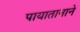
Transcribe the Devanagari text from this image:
पायातानाने